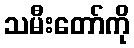
သမီးတော်ကို